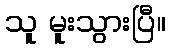
သူ မူးသွားပြီ။